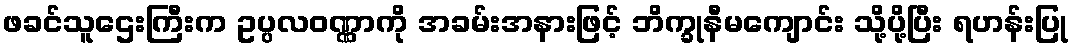
ဖခင်သူဌေးကြီးက ဥပ္ပလဝဏ္ဏာကို အခမ်းအနားဖြင့် ဘိက္ခုနီမကျောင်း သို့ပို့ပြီး ရဟန်းပြု